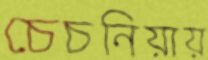
চেচনিয়ায়